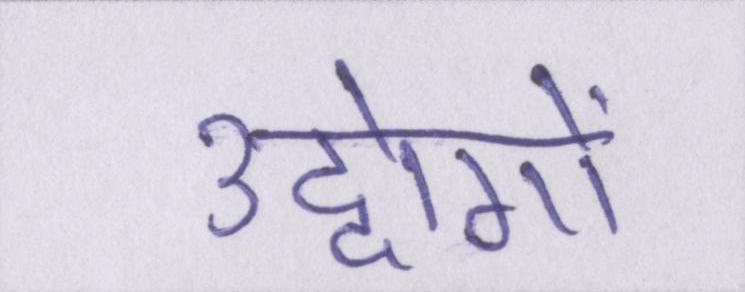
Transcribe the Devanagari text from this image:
उद्दोगों